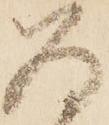
為